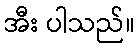
အီး ပါသည်။